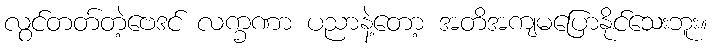
လွင်တတ်တဲ့ဗေဒင် လက္ခဏာ ပညာနဲ့တော့ အတိအကျမပြောနိုင်သေးဘူး။